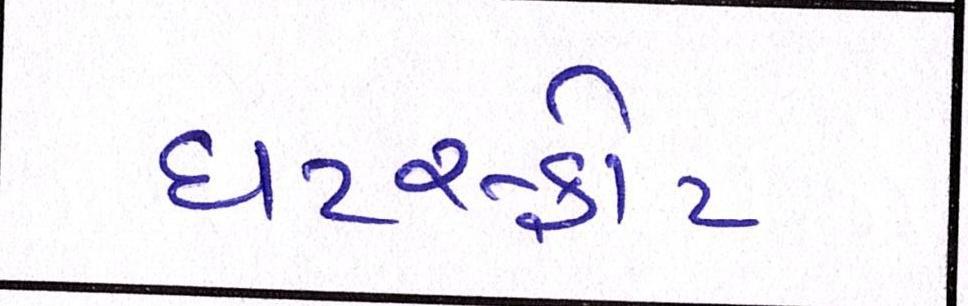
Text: ઘટસ્ફોટ